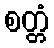
စတ္တံ